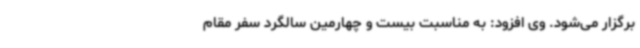
برگزار می‌شود. وی افزود: به مناسبت بیست ‌و چهارمین سالگرد سفر مقام